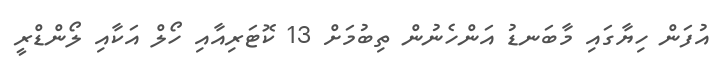
އުފަން ހިޔާގައި މާބަނޑު އަންހެނުން ތިބުމަށް 13 ކޮޓަރިއާއި ހޯލް އަކާއި ލޯންޑްރީ